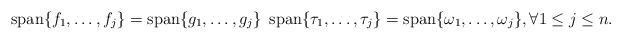
LaTeX: \begin{align*}\operatorname{span}\{f_1, \dots, f_j \}=\operatorname{span}\{g_1, \dots, g_j \}~ \operatorname{span}\{\tau_1, \dots, \tau_j \}=\operatorname{span}\{\omega_1, \dots, \omega_j \}, \forall 1\leq j \leq n.\end{align*}